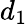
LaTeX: d_{\mathrm{1}}